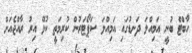
ހާބްޓް ބުނީ އަމިއްލަ ދަނޑުގައި އަމިއްލަ ސަޕޯޓަރުން ކުރިމަތީ ކުޅޭ އިރު ރާއްޖެއަށް